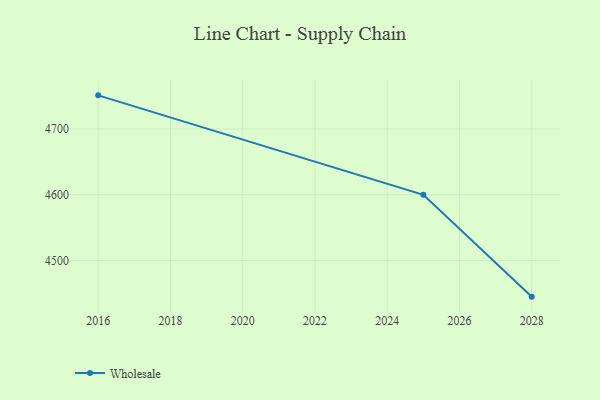
{"axis": {"x": "Year", "y": "Market Share (%)"}, "legend": ["Wholesale"], "data": [{"x": "2016", "y": 4751.1, "type": "Wholesale"}, {"x": "2025", "y": 4599.8, "type": "Wholesale"}, {"x": "2028", "y": 4445.0, "type": "Wholesale"}]}